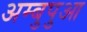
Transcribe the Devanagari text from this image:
अम्बुपुआ